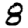
Digit: 8